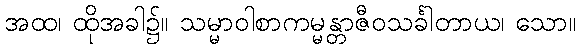
အထ၊ ထိုအခါ၌။ သမ္မာဝါစာကမ္မန္တာဇီဝသင်္ခါတာယ၊ သော။